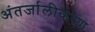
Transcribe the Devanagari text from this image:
अंतर्जालीकरण